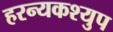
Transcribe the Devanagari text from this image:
हरन्यकश्युप